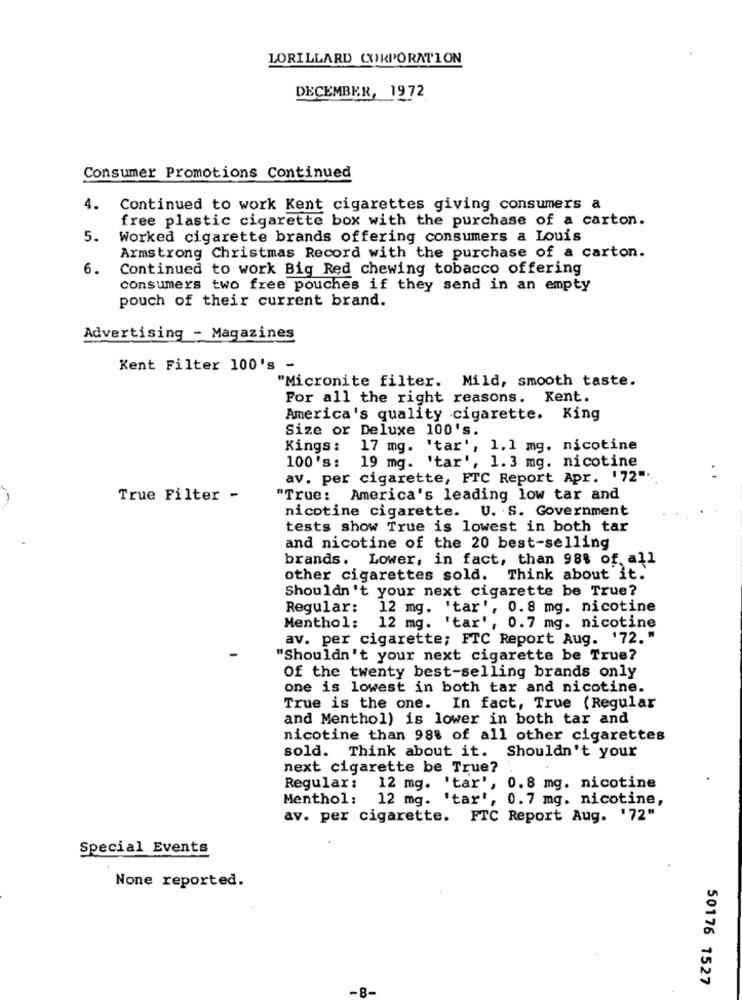
LORILLARD CORPORATION
DECEMBER, 1972
Consumer Promotions Continued
4.
Continued to work Kent cigarettes giving consumers a
free plastic cigarette box with the purchase of a carton.
5.
Worked cigarette brands offering consumers a Louis
Armstrong Christmas Record with the purchase of a carton.
6.
Continued to work Big Red chewing tobacco offering
consumers two free pouches if they send in an empty
pouch of their current brand.
Advertising - Magazines
Kent Filter 100's -
"Micronite filter. Mild, smooth taste.
For all the right reasons. Kent.
America's quality .cigarette. King
Size or Deluxe 100's.
Kings:
17 mg. 'tar', 1.1 mg. nicotine
100's:
19 mg. 'tar', 1.3 mg. nicotine
av. per cigarette, FTC Report Apr. '72" ..
True Filter -
"True: America's leading low tar and
nicotine cigarette. U. S. Government
tests show True is lowest in both tar
and nicotine of the 20 best-selling
brands. Lower, in fact, than 98% of, all
other cigarettes sold. Think about it.
Shouldn't your next cigarette be True?
Regular:
12 mg. 'tar', 0.8 mg. nicotine
Menthol: 12 mg. 'tar', 0.7 mg. nicotine
av. per cigarette; FTC Report Aug. '72."
"Shouldn't your next cigarette be True?
Of the twenty best-selling brands only
one is lowest in both tar and nicotine.
True is the one. In fact, True (Regular
and Menthol) is lower in both tar and
nicotine than 98% of all other cigarettes
sold. Think about it. Shouldn't your
next cigarette be True?
Regular: 12 mg. 'tar',
0.8 mg. nicotine
Menthol: 12 mg. 'tar', 0.7 mg. nicotine,
av. per cigarette. FTC Report Aug. '72"
Special Events
None reported.
50176 1527